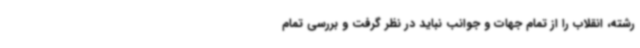
رشته، انقلاب را از تمام جهات و جوانب نباید در نظر گرفت و بررسی تمام